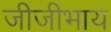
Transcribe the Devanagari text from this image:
जीजीभाय